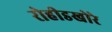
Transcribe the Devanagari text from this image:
रोहीडखोरे